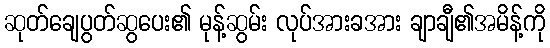
ဆုတ်ချေပွတ်ဆွပေး၏ မုန့်ဆွမ်း လုပ်အားခအား ချာချီ၏အမိန့်ကို